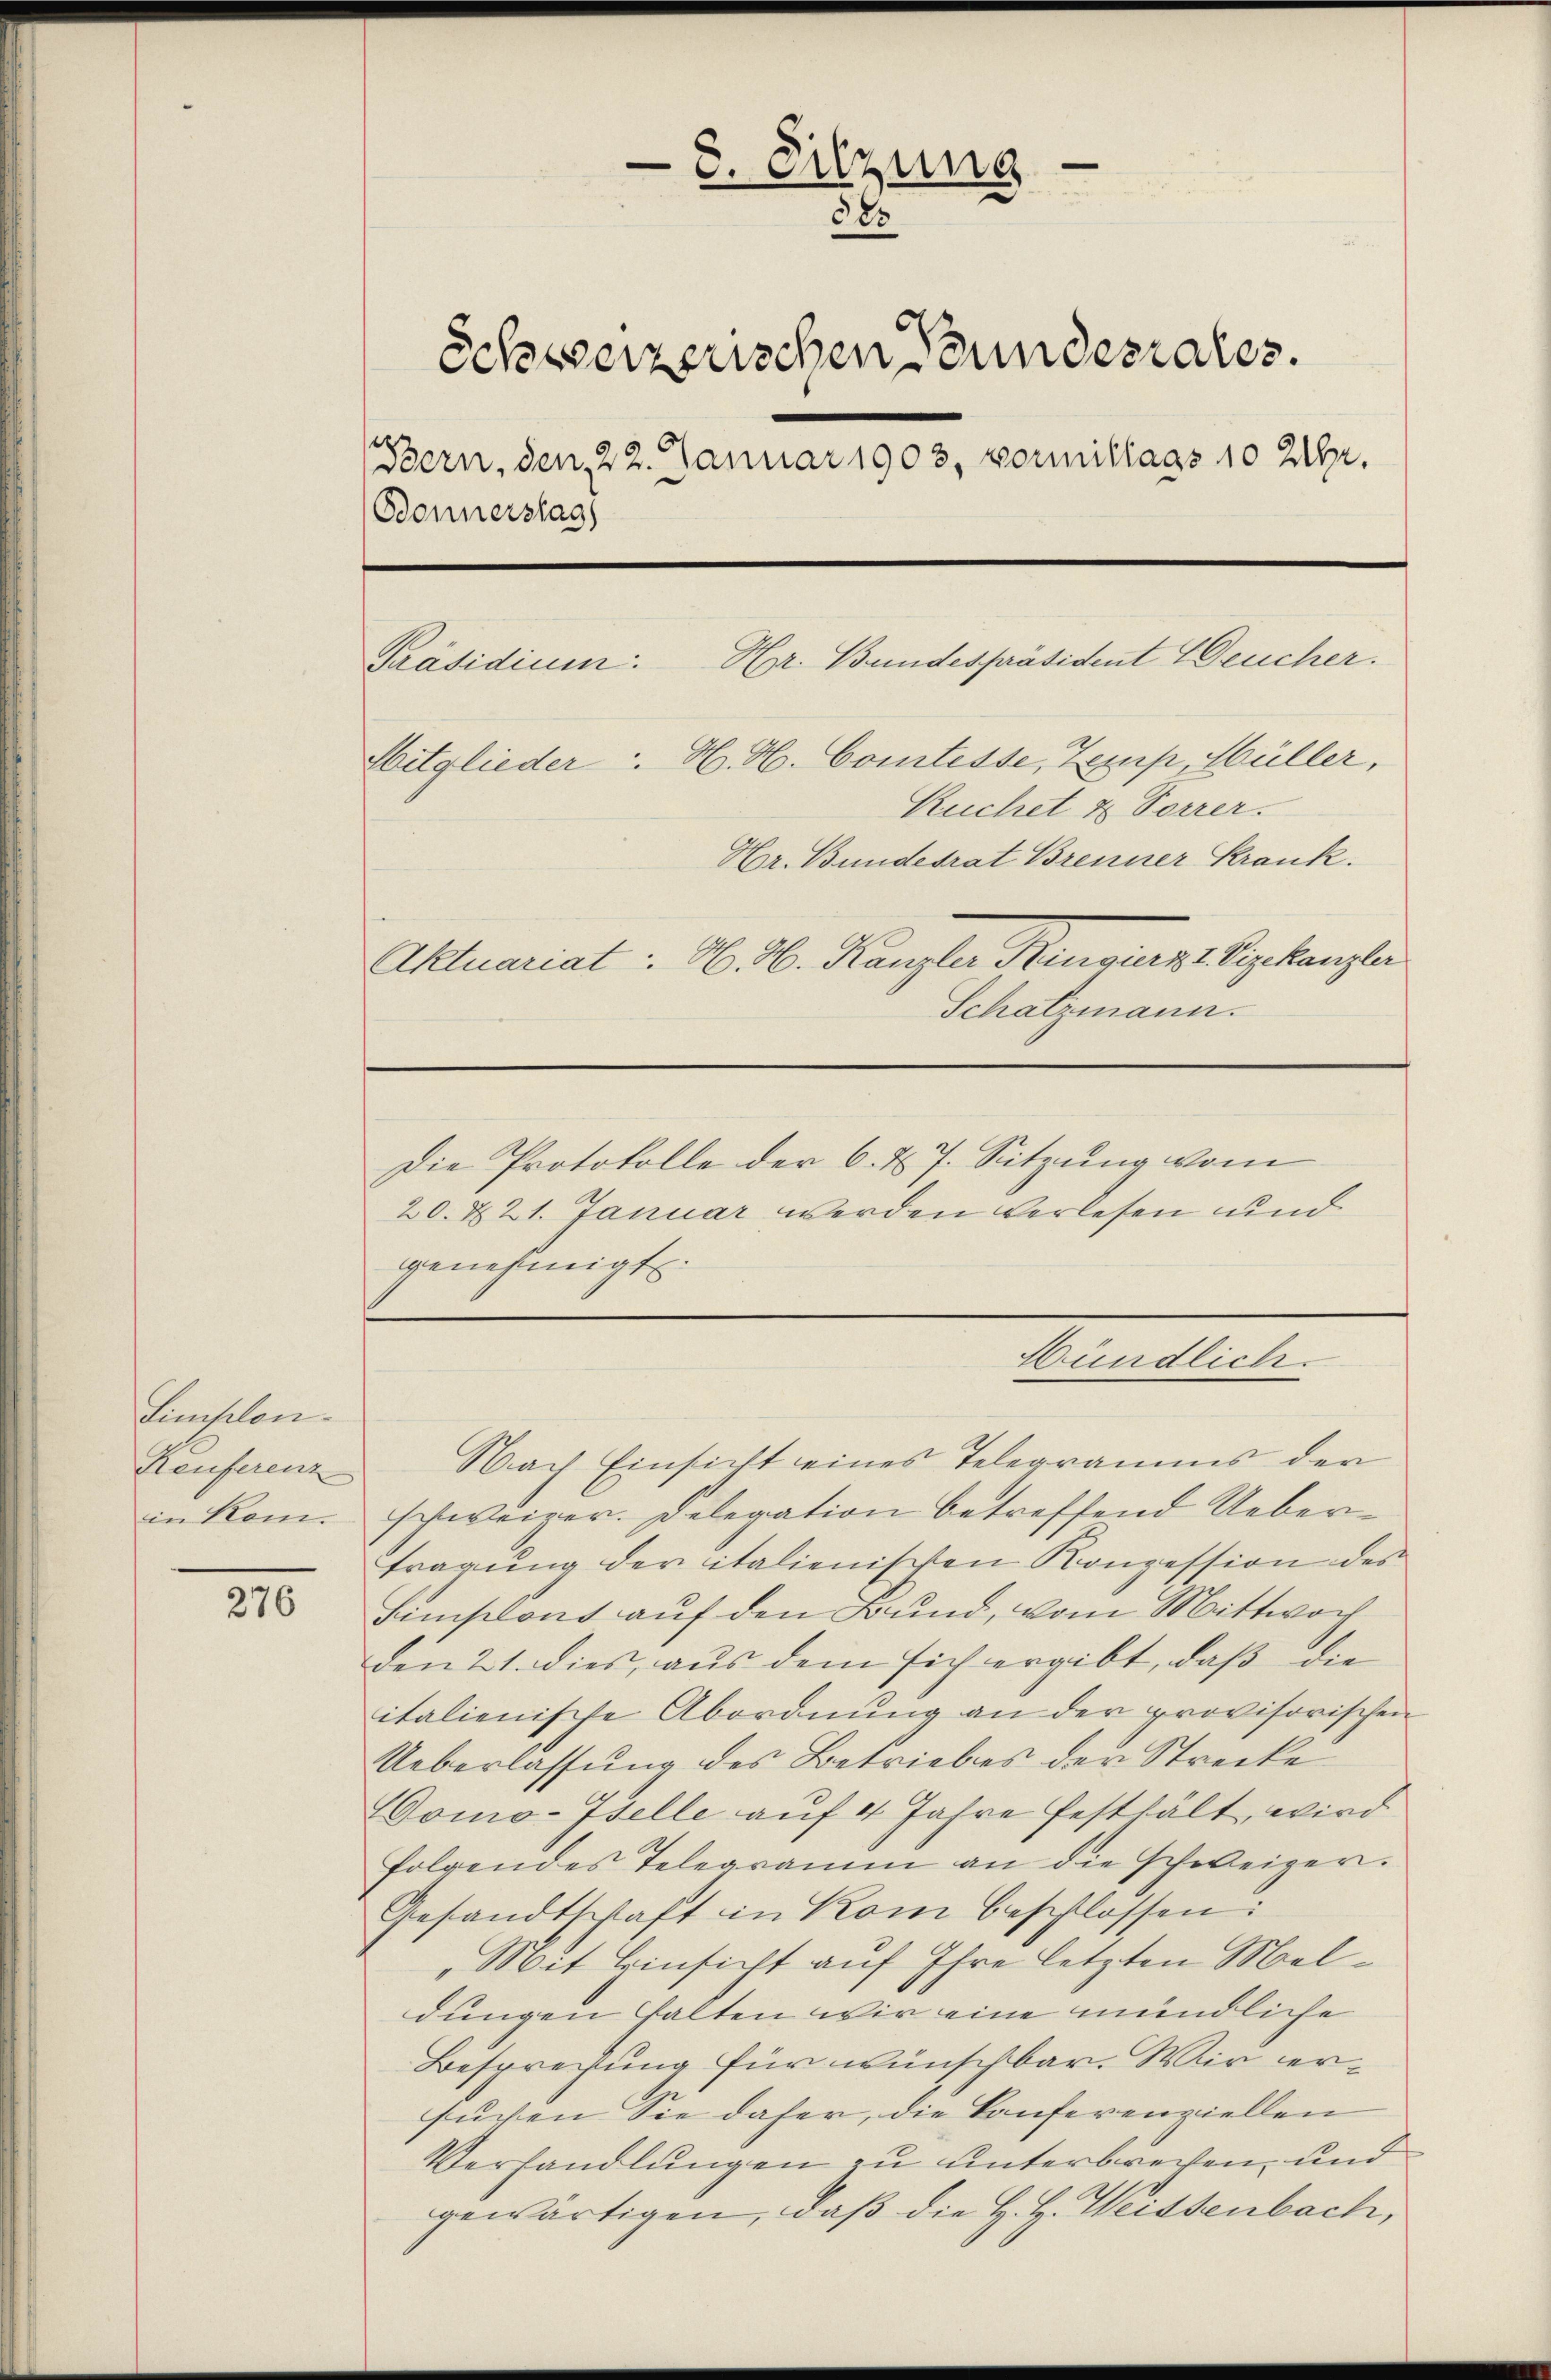
Simplon.
Reuferenz
in Rom.

276

8. Sitzung
32
Schweizerischen Stundesrates.
Bern, den 22. Januar 1903, vormittags 10 Uhr.
Bonnerstag
Hr. Bundespräsident Deucher.
Präsidium
Mitglieder: H. H. Comtesse, Zemp, Müller,
Kuchet & Forrer.
Hr. Bundesrat Brenner Krank.
Aktuariat: H. H. Kanzler Ringern Vizekanzler
Schatzmann.

Die Protokolle der 6. d. 7. Sitzung vom
20. & 21. Januar werden verlesen und
genehmigt.

Mündlich

Nach Einsicht eines Telegramms der
schweizer. Delegation betreffend Uebertragung der italienischen Konzession des
Simplont auf den Bund, vom Mittwoch
den 21. dies, aus dem sich ergibt, daß die
italienische Abordnung an der provisorischen
Ueberlassung des Betriebes der Strecke
Homo-Iselle auf 4 Jahre festhält, wird
folgendes Telegramm an die schweizer.
Gesandtschaft in Kom beschlossen:
„Mit Hinsicht auf Ihre letzten Meldungen halten wir eine mündliche
Besprechung für wünschbar. Wir versuchen Sie daher, die Conferenziellen
Verhandlungen zu unterbrechen, und
gewärtigen, daß die H. H. Weissenbach,